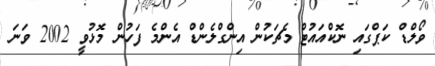
ވޯލްޑް ކަޕްގައި ނޮކްއައުޓް މެޗަކުން އިންގްލެންޑް އެންމެ ފަހުން މޮޅުވީ 2002 ވަނަ